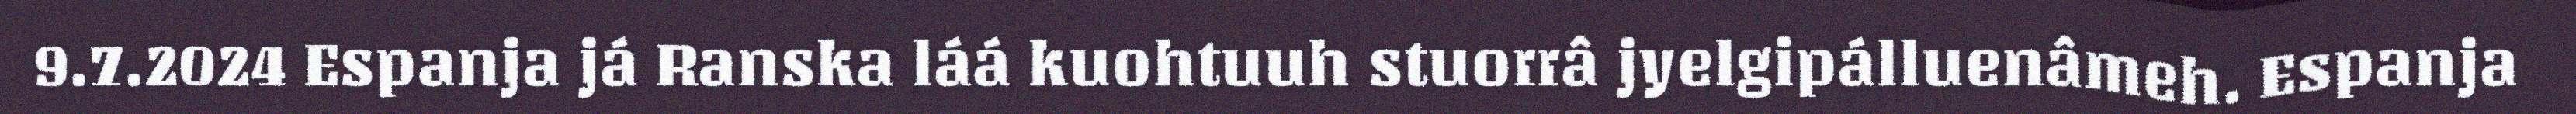
9.7.2024 Espanja já Ranska láá kuohtuuh stuorrâ jyelgipálluenâmeh. Espanja